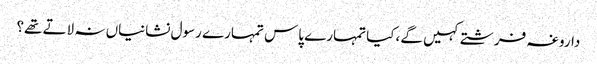
داروغہ فرشتے کہیں گے ،کیا تمہارے پاس تمہارے رسول نشانیاں نہ لاتے تھے؟